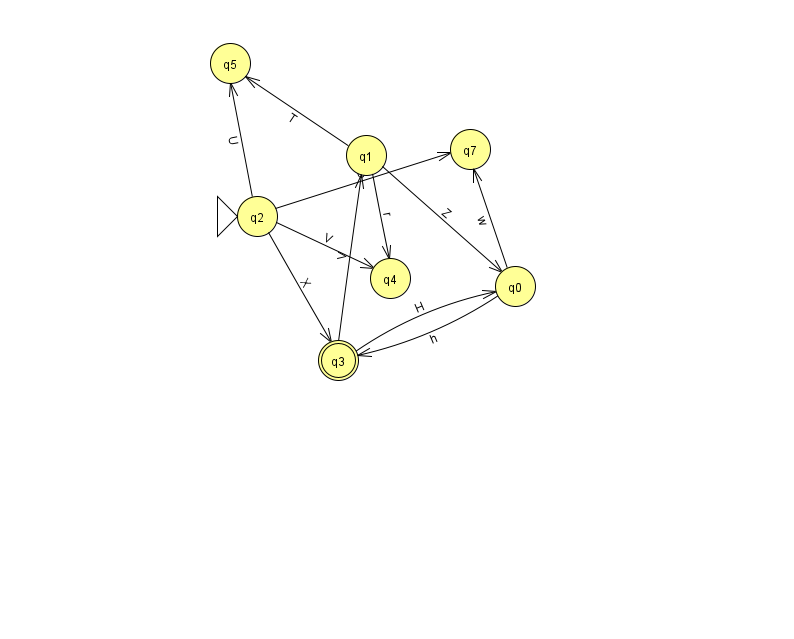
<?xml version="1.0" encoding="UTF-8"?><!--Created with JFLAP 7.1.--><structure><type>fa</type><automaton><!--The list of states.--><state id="0" name="q0"><x>515.0</x><y>273.0</y></state><state id="1" name="q1"><x>366.0</x><y>142.0</y></state><state id="2" name="q2"><x>257.0</x><y>203.0</y><initial/></state><state id="3" name="q3"><x>338.0</x><y>347.0</y><final/></state><state id="4" name="q4"><x>390.0</x><y>265.0</y></state><state id="5" name="q5"><x>230.0</x><y>50.0</y></state><state id="7" name="q7"><x>470.0</x><y>136.0</y></state><!--The list of transitions.--><transition><from>2</from><to>4</to><read>V</read></transition><transition><from>1</from><to>0</to><read>Z</read></transition><transition><from>2</from><to>5</to><read>U</read></transition><transition><from>0</from><to>3</to><read>h</read></transition><transition><from>3</from><to>0</to><read>H</read></transition><transition><from>2</from><to>7</to><read>U</read></transition><transition><from>3</from><to>1</to><read>V</read></transition><transition><from>0</from><to>7</to><read>w</read></transition><transition><from>1</from><to>5</to><read>T</read></transition><transition><from>1</from><to>4</to><read>r</read></transition><transition><from>2</from><to>3</to><read>X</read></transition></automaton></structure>